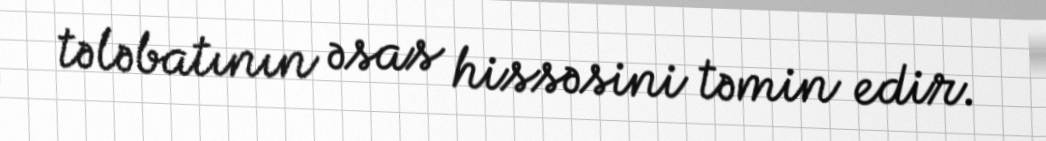
tələbatının əsas hissəsini təmin edir.